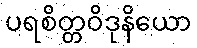
ပရစိတ္တဝိဒုနိယော